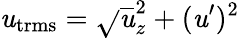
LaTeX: \mathit{u}_{\mathrm{{trms}}}=\sqrt{}{{\overline{{{\mathit{u}}}}_{z}^{2}+(\mathit{u}^{\prime})^{2}}}